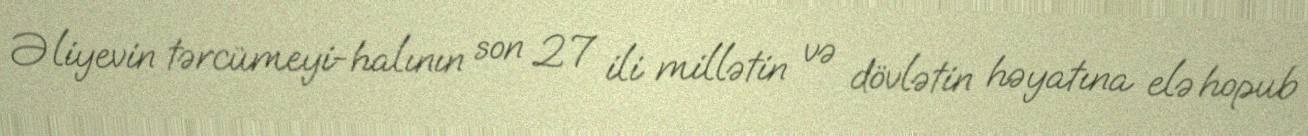
Əliyevin tərcümeyi-halının son 27 ili millətin və dövlətin həyatına elə hopub